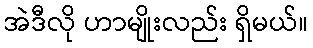
အဲဒီလို ဟာမျိုးလည်း ရှိမယ်။